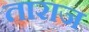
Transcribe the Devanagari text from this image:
ताराज